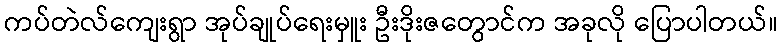
ကပ်တဲလ်ကျေးရွာ အုပ်ချုပ်ရေးမှူး ဦးဒိုးဇတွောင်က အခုလို ပြောပါတယ်။